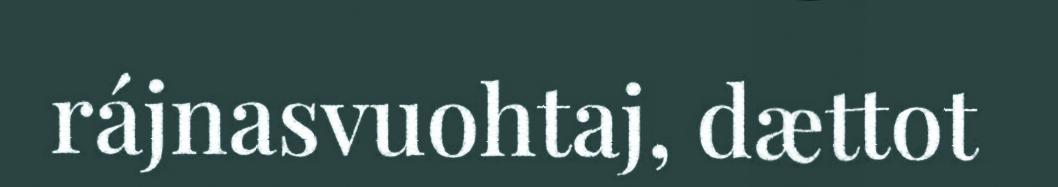
rájnasvuohtaj, dættot